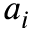
a _ { i }